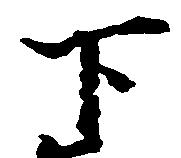
下